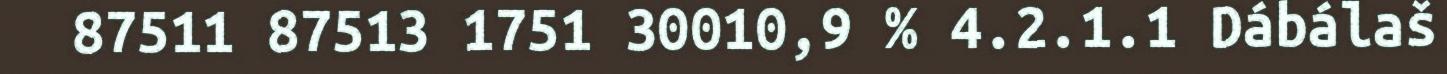
87511 87513 1751 30010,9 % 4.2.1.1 Dábálaš